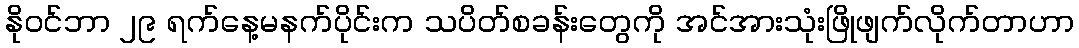
နိုဝင်ဘာ ၂၉ ရက်နေ့မနက်ပိုင်းက သပိတ်စခန်းတွေကို အင်အားသုံးဖြိုဖျက်လိုက်တာဟာ